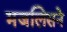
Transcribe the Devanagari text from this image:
मजलिसने